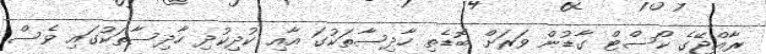
ރާއްޖޭގެ ކޯސްޓް ގާޑުން ވަރަށް ބޮޑެތި ހާދިސާތަކުގަ އާއި ކުދިކުދި ހާދިސާތަކުގައި ވެސް